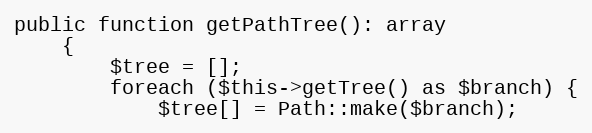
Language: PHP
public function getPathTree(): array
    {
        $tree = [];
        foreach ($this->getTree() as $branch) {
            $tree[] = Path::make($branch);